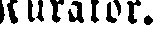
Kurator.